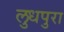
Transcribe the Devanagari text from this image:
लुधपुरा